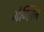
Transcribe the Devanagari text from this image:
मॅग्लिन